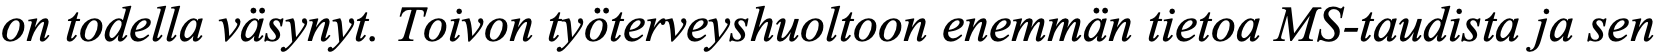
on todella väsynyt. Toivon työterveyshuoltoon enemmän tietoa MS-taudista ja sen